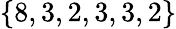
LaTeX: \{ 8,3,2,3,3,2\}